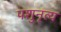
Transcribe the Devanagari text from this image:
पशुनृत्य